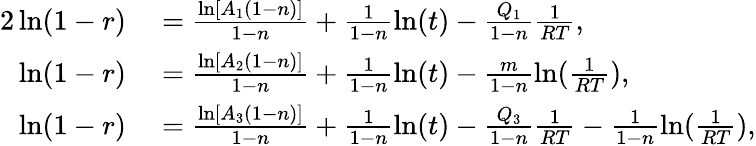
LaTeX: \begin{array}{rl}{{2}\ln(1-r)}&{{}=\frac{\ln\left[A_{1}(1-n)\right]}{1-n}+\frac{1}{1-n}\ln(t)-\frac{Q_{1}}{1-n}\frac{1}{RT},}\\ {\ln(1-r)}&{{}=\frac{\ln[A_{2}(1-n)]}{1-n}+\frac{1}{1-n}\ln(t)-\frac{m}{1-n}\ln(\frac{1}{RT}),}\\ {\ln(1-r)}&{{}=\frac{\ln\left[A_{3}(1-n)\right]}{1-n}+\frac{1}{1-n}\ln(t)-\frac{Q_{3}}{1-n}\frac{1}{RT}-\frac{1}{1-n}\ln(\frac{1}{RT}),}\end{array}